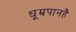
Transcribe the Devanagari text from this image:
धूम्रपानहै